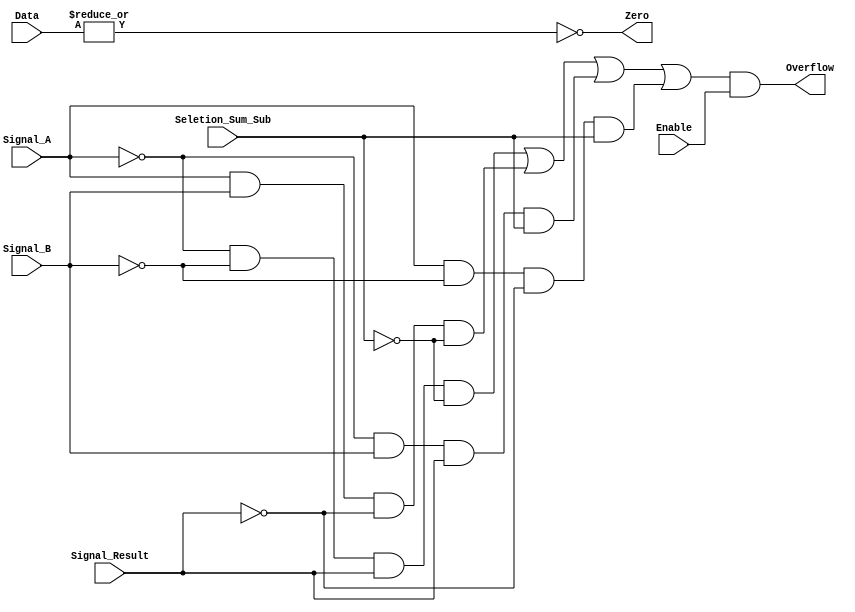
module detector_de_flags(
			Enable,
			Data,
			Signal_A,
			Signal_B,
			Signal_Result,
			Seletion_Sum_Sub,
			Overflow,
			Zero
			);

/*
Seletion_Sum_Sub
					-> 1 = Subtrao
					-> 0 = Soma
*/
input wire [31:0] Data;
input wire Enable, Signal_A, Signal_B, Signal_Result, Seletion_Sum_Sub;
wire or_Data;

output wire Overflow, Zero;


assign Overflow = (
						~Signal_A & ~Signal_B & Signal_Result & ~Seletion_Sum_Sub |	
						Signal_A & Signal_B & ~Signal_Result & ~Seletion_Sum_Sub | 
						~Signal_A & Signal_B & Signal_Result & Seletion_Sum_Sub |
						Signal_A & ~Signal_B & ~Signal_Result & Seletion_Sum_Sub
						) & Enable;

assign or_Data = |Data[31:0];					
assign Zero = ~or_Data;


endmodule